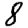
Digit: 8